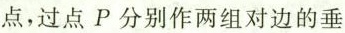
点，过点P分别作两组对边的垂